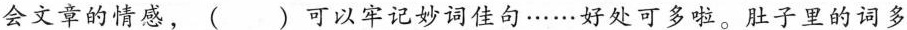
会文章的情感，()可以牢记妙词佳句……好处可多啦。肚子里的词多